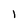
Character: 1